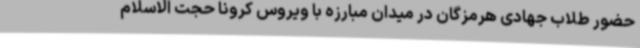
حضور طلاب جهادی هرمزگان در میدان مبارزه با ویروس کرونا حجت الاسلام